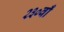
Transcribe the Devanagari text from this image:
२३०वाँ